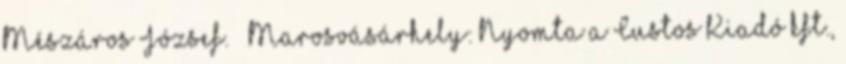
Mészáros József. – Marosvásárhely: Nyomta a Custos Kiadó kft.,